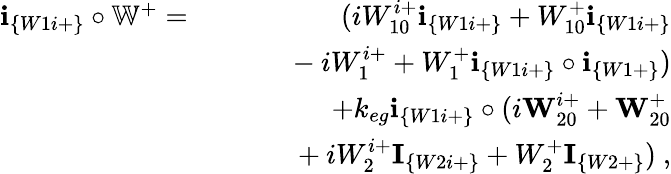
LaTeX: \begin{array}{rlr}{\textbf{i}_{\{ W1i+\} }\circ\mathbb{W}^{+}=}&{}&{(iW_{10}^{i+}\textbf{i}_{\{ W1i+\} }+W_{10}^{+}\textbf{i}_{\{ W1i+\} }}\\ &{}&{~~~~~~-iW_{1}^{i+}+W_{1}^{+}\textbf{i}_{\{ W1i+\} }\circ\textbf{i}_{\{ W1+\} })}\\ &{}&{+k_{eg}\textbf{i}_{\{ W1i+\} }\circ(i\textbf{W}_{20}^{i+}+\textbf{W}_{20}^{+}}\\ &{}&{~~~~~~+iW_{2}^{i+}\textbf{I}_{\{ W2i+\} }+W_{2}^{+}\textbf{I}_{\{ W2+\} })~,}\end{array}